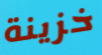
خزينة